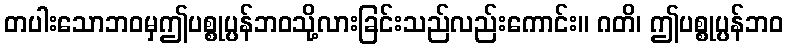
တပါးသောဘဝမှဤပစ္စုပ္ပန်ဘဝသို့လားခြင်းသည်လည်းကောင်း။ ဂတိ၊ ဤပစ္စုပ္ပန်ဘဝ